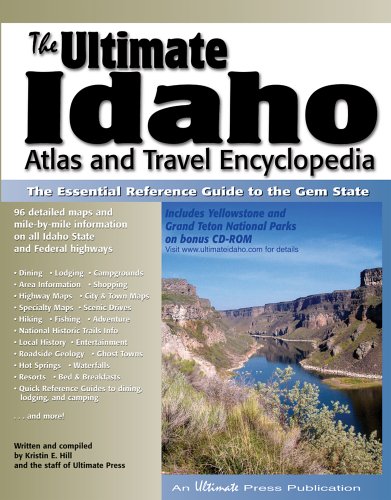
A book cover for The Ultimate Idaho Atlas and Travel Encyclopedia: The Essential Reference Guide to the Gem State (Ultimate Guide Books); Kristin E. Hill; Travel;